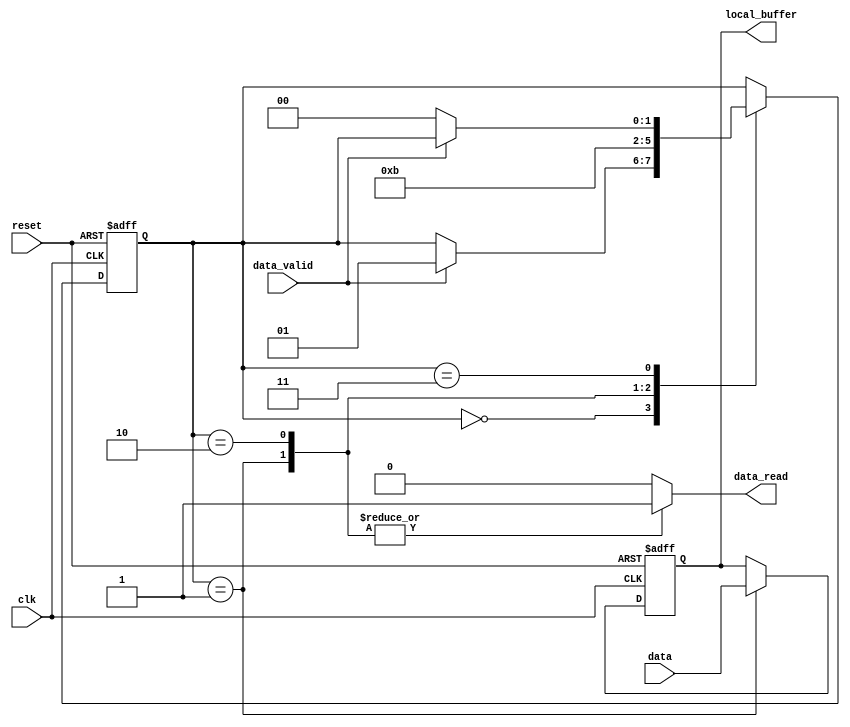
module controladora 
#( 
  parameter WIDTH = 8,
  parameter STATE = 2   
)
(
  clk,
  reset,
  data_valid,
  data,
  data_read,
  local_buffer
);

input                    clk;
input                    reset;
input                    data_valid;
input      [WIDTH-1 : 0] data;
output reg               data_read;
output reg [WIDTH-1 : 0] local_buffer;

// Constants and variables
localparam integer  WAITING = 0,
	                  STATE1  = 1,
	                  STATE2  = 2,
	                  STATE3  = 3;   
	
reg [STATE-1 : 0] read_state;
		
	// state variables - sequential
always @(posedge clk or posedge reset)
  if (reset == 1)
    begin // async reset logic
      read_state <= WAITING;
      local_buffer <= 8'h0;
    end
  else
  case (read_state)
     WAITING: if (data_valid)	read_state <= STATE1;
   	 STATE1 : begin
	        read_state <= STATE2;
	        local_buffer <= data;
	            end
     STATE2 : read_state <= STATE3;
     STATE3 : if (!data_valid) read_state <= WAITING;
  endcase
  
  // output decode - combinational
always @(read_state)
  case (read_state)
    STATE1 : data_read = 1'b1;
    STATE2 : data_read = 1'b1;
  default  : data_read = 1'b0;
endcase


endmodule